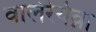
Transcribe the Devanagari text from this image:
वालेरेयेव्ना